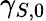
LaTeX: \gamma_{S,0}